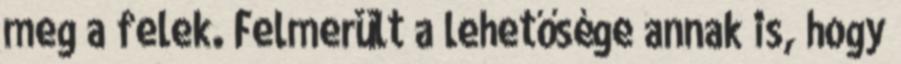
meg a felek. Felmerült a lehetősége annak is, hogy